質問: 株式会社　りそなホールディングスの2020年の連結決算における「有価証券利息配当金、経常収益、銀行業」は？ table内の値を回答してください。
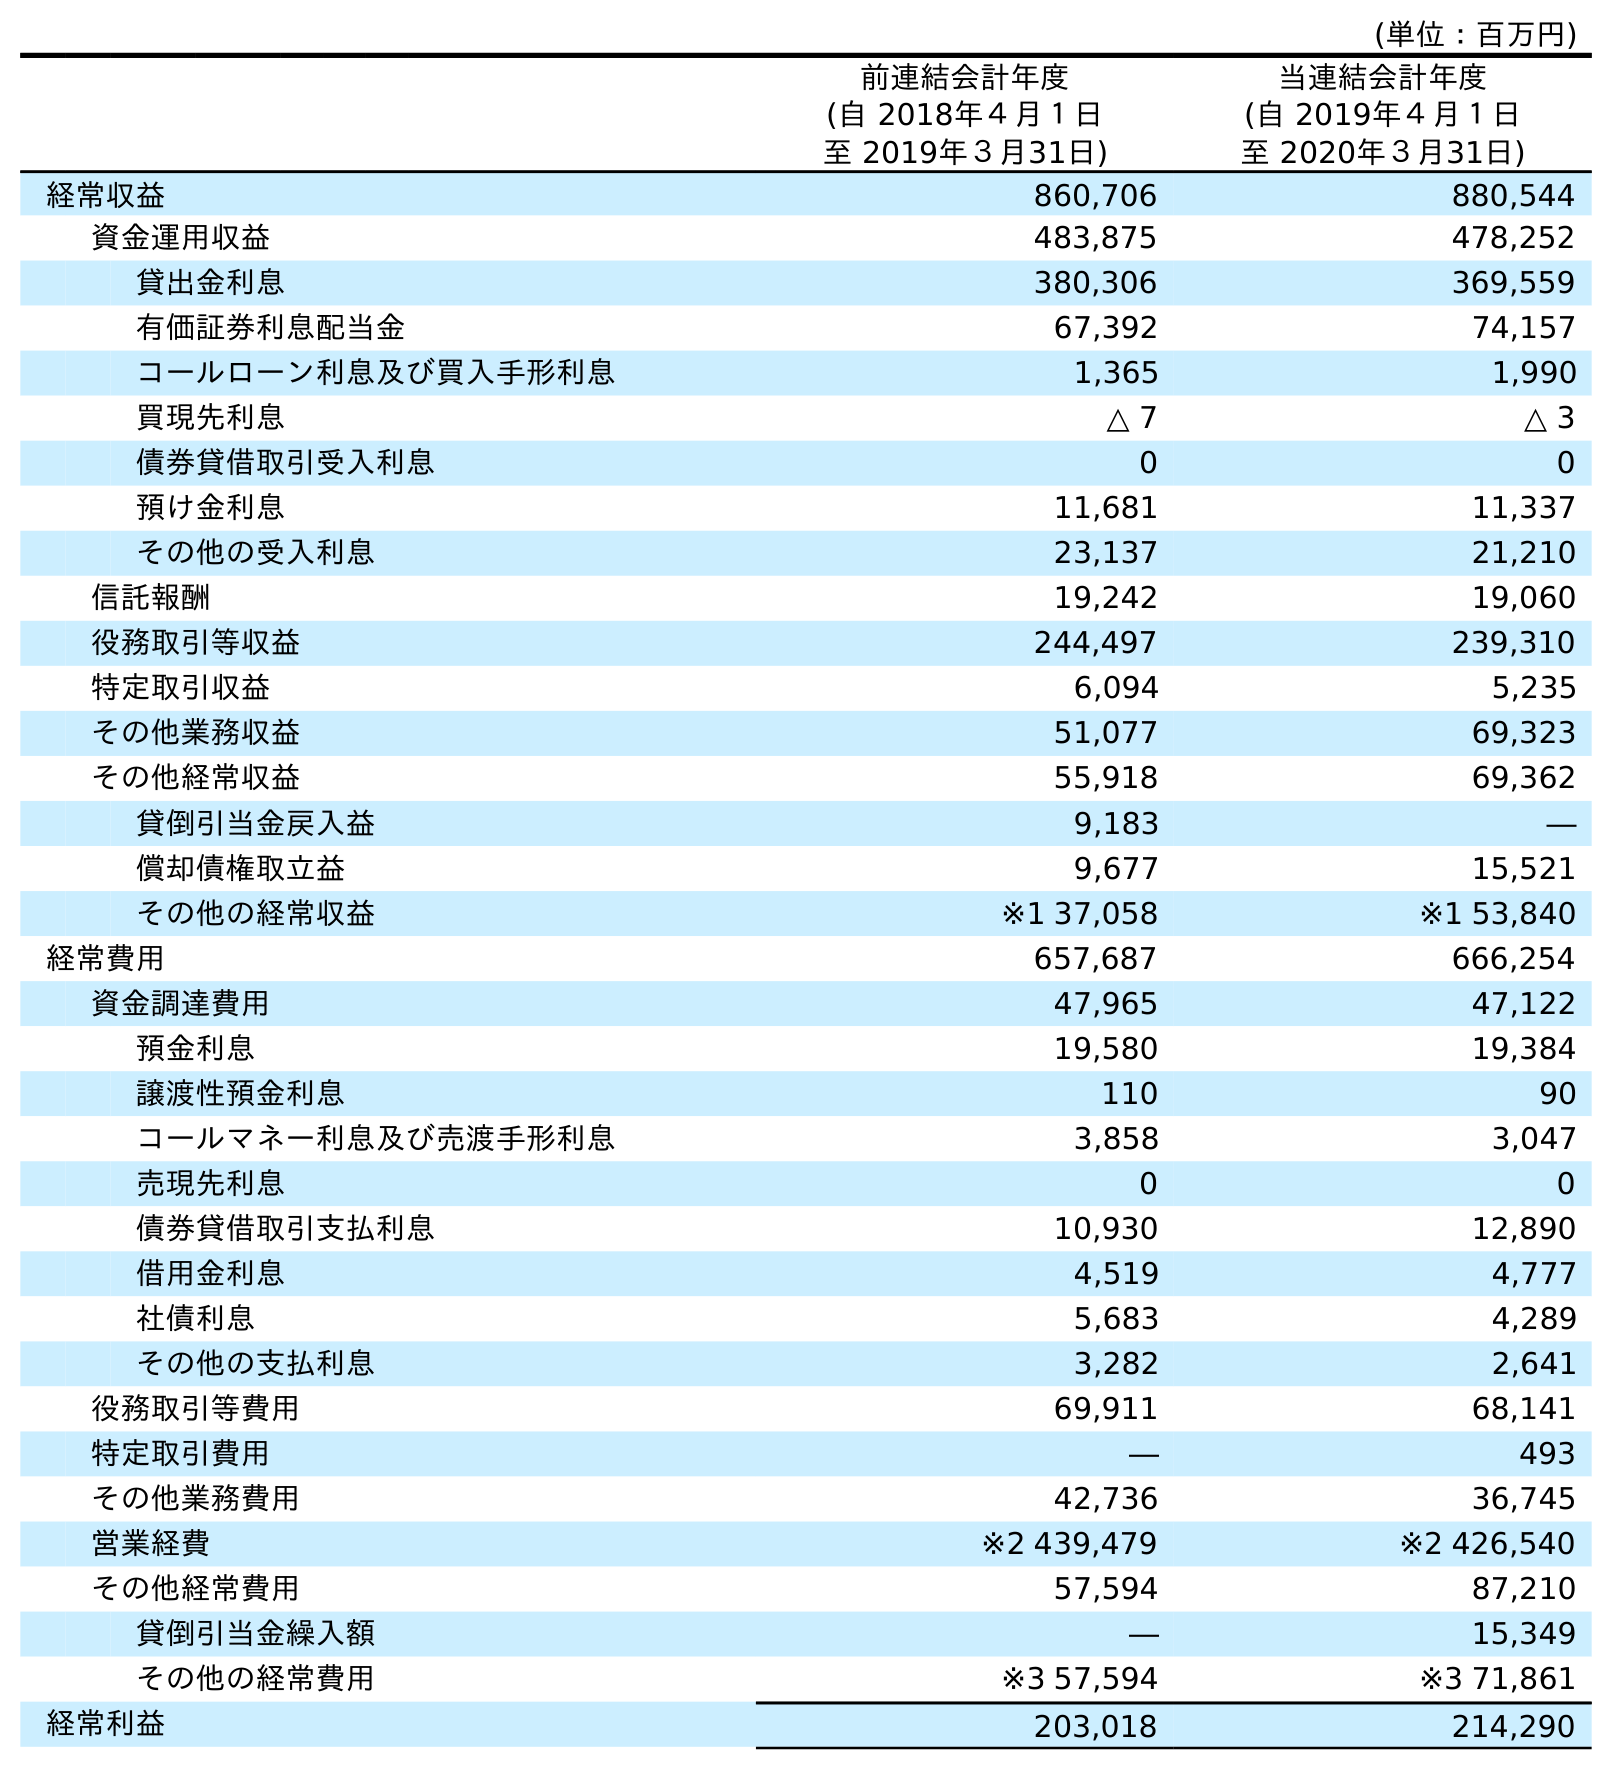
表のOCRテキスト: (単位：百万円) 前連結会計年度 (自 2018年４月１日 至 2019年３月31日) 当連結会計年度 (自 2019年４月１日 至 2020年３月31日) 経常収益 860,706 880,544 資金運用収益 483,875 478,252 貸出金利息 380,306 369,559 有価証券利息配当金 67,392 74,157 コールローン利息及び買入手形利息 1,365 1,990 買現先利息 △ 7 △ 3 債券貸借取引受入利息 0 0 預け金利息 11,681 11,337 その他の受入利息 23,137 21,210 信託報酬 19,242 19,060 役務取引等収益 244,497 239,310 特定取引収益 6,094 5,235 その他業務収益 51,077 69,323 その他経常収益 55,918 69,362 貸倒引当金戻入益 9,183 ― 償却債権取立益 9,677 15,521 その他の経常収益 ※1 37,058 ※1 53,840 経常費用 657,687 666,254 資金調達費用 47,965 47,122 預金利息 19,580 19,384 譲渡性預金利息 110 90 コールマネー利息及び売渡手形利息 3,858 3,047 売現先利息 0 0 債券貸借取引支払利息 10,930 12,890 借用金利息 4,519 4,777 社債利息 5,683 4,289 その他の支払利息 3,282 2,641 役務取引等費用 69,911 68,141 特定取引費用 ― 493 その他業務費用 42,736 36,745 営業経費 ※2 439,479 ※2 426,540 その他経常費用 57,594 87,210 貸倒引当金繰入額 ― 15,349 その他の経常費用 ※3 57,594 ※3 71,861 経常利益 203,018 214,290
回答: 74,157